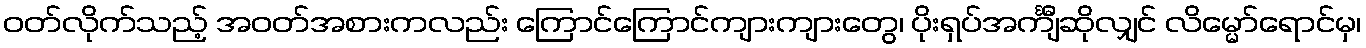
ဝတ်လိုက်သည့် အဝတ်အစားကလည်း ကြောင်ကြောင်ကျားကျားတွေ၊ ပိုးရှပ်အင်္ကျီဆိုလျှင် လိမ္မော်ရောင်မှ၊